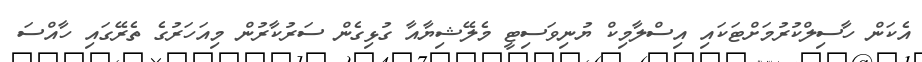
އެކަން ހާސިލްކުރުމަށްޓަކައި އިސްލާމިކް ޔުނިވަސިޓީ މެލޭޝިޔާއާ ގުޅިގެން ސަރުކާރުން މިއަހަރުގެ ތެރޭގައި ހާއްސަ